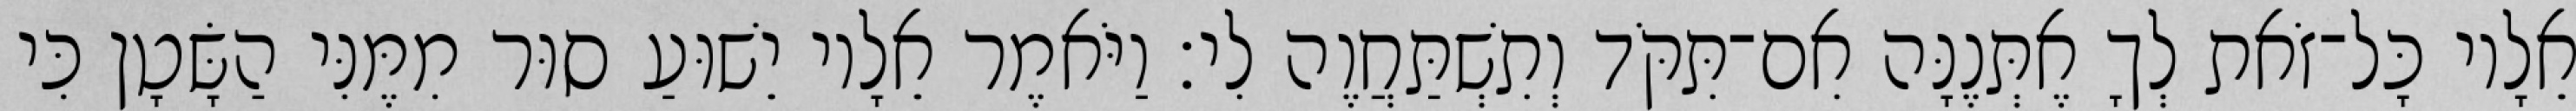
אֵלָיו כָּל־זֹאת לְךָ אֶתְּנֶנָּה אִם־תִּקֹּד וְתִשְׁתַּחֲוֶה לִי׃ וַיֹּאמֶר אֵלָיו יֵשׁוּעַ סוּר מִמֶּנִּי הַשָּׂטָן כִּי